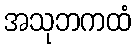
အသုဘကထံ